Report of the Indian Hemp Drugs Commission, 1894-1895 - Volume VII
Year: 1894
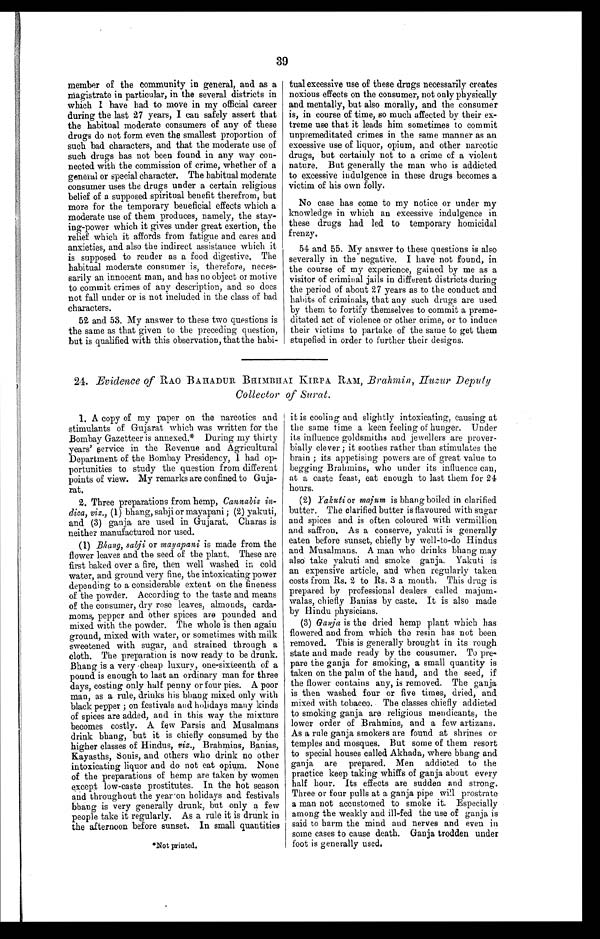
39
member of the community in general, and as a
magistrate in particular, in the several districts in
which I have had to move in my official career
during the last 27 years, I can safely assert that
the habitual moderate consumers of any of these
drugs do not form even the smallest proportion of
such bad characters, and that the moderate use of
such drugs has not been found in any way con
- n e c t e d w i t h t h e c o m m i s s i o n o f c r i m e , w h e t h e r o f a
general or special character. The habitual moderate
consumer uses the drugs under a certain religious
belief of a supposed spiritual benefit therefrom, but
more for the temporary beneficial effects which a
moderate use of them produces, namely, the stay
- i n g - p o w e r w h i c h i t g i v e s u n d e r g r e a t e x e r t i o n , t h e
relief which it affords from fatigue and cares and
anxieties, and also the indirect assistance which it
is supposed to render as a food digestive. The
habitual moderate consumer is, therefore, neces
- s a r i l y a n i n n o c e n t m a n , a n d h a s n o o b j e c t o r m o t i v e
to commit crimes of any description, and so does
not fall under or is not included in the class of bad
characters.
52 and 53. My answer to these two questions is
the same as that given to the preceding question,
but is qualified with this observation, that the habi-tual excessive use
of these drugs necessarily creates
noxious effects on the consumer, not only physically
and mentally, but also morally, and the consumer
is, in course of time, so much affected by their ex
-treme use that it leads him sometimes to commit
unpremeditated crimes in the same manner as an
excessive use of liquor, opium, and other narcotic
drugs, but certainly not to a crime of a violent
nature. But generally the man who is addicted
to excessive indulgence in these drugs becomes a
victim of his own folly.
No case has come to my notice or under my
knowledge in which an excessive indulgence in
these drugs had led to temporary homicidal
frenzy.
54 and 55. My answer to these questions is also
severally in the negative. I have not found, in
the course of my experience, gained by me as a
visitor of criminal jails in different districts during
the period of about 27 years as to the conduct and
habits of criminals, that any such drugs are used
by them to fortify themselves to commit a preme
-ditated act of violence or other crime, or to induce
their victims to partake of the same to get them
stupefied in order to further their designs.
24. Evidence of RAO BAHADUR BHIMBHAI KIRPA RAM,
Brahmin, Huzur Deputy
Collector of Surat.
1. A copy of my paper on the narcotics and
stimulants of Gujarat which was written for the
Bombay Gazetteer is annexed.* During my thirty
years' service in the Revenue and Agricultural
Department of the Bombay Presidency, I had op
- p o r t u n i t i e s t o s t u d y t h e q u e s t i o n f r o m d i f f e r e n t
points of view. My remarks are confined to Guja
- r a t .
2. Three preparations from hemp, Cannabis in
- d i c a , v i z . ,
( 1 ) b h a n g , s a b j i o r m a y a p a n i ; ( 2 ) y a k u t i ,
and (3) ganja are used in Gujarat. Charas is
neither manufactured nor used.
(1) Bhang, sabji or mayapani is made from the
flower leaves and the seed of the plant. These are
first baked over a fire, then well washed in cold
water, and ground very fine, the intoxicating power
depending to a considerable extent on the fineness
of the powder. According to the taste and means
of the consumer, dry rose leaves, almonds, carda
- m o m s , p e p p e r a n d o t h e r s p i c e s a r e p o u n d e d a n d
mixed with the powder. The whole is then again
ground, mixed with water, or sometimes with milk
sweetened with sugar, and strained through a
cloth. The preparation is now ready to be drunk.
Bhang is a very-cheap luxury, one-sixteenth of a
pound is enough to last an ordinary man for three
days, costing only half penny or four pies. A poor
man, as a rule, drinks his bhang mixed only with
black pepper; on festivals and holidays many kinds
of spices are added, and in this way the mixture
becomes costly. A few Parsis and Musalmans
drink bhang, but it is chiefly consumed by the
higher classes of Hindus, viz., Brahmins, Banias,
Kayasths, Sonis, and others who drink no other
intoxicating liquor and do not eat opium. None
of the preparations of hemp are taken by women
except low-caste prostitutes. In the hot season
and throughout the year on holidays and festivals
bhang is very generally drunk, but only a few
people take it regularly. As a rule it is drunk in
the afternoon before sunset. In small quantities it is cooling and slightly intoxicating, causing at
the same time a keen feeling of hunger. Under
its influence goldsmiths and jewellers are prover
-bially clever; it soothes rather than stimulates the
brain; its appetising powers are of great value to
begging Brahmins, who under its influence can,
a t a c a s t e f e a s t , e a t e n o u g h t o l a s t t h e m f o r 2 4
hours.
(2) Yakuti or majum is bhang boiled in clarified
butter. The clarified butter is flavoured with sugar
and spices and is often coloured with vermillion
and saffron. As a conserve, yakuti is generally
eaten before sunset, chiefly by well-to-do Hindus
and Musalmans. A man who drinks bhang may
also take yakuti and smoke ganja. Yakuti is
an expensive article, and when regularly taken
costs from Rs. 2 to Rs. 3 a month. This drug is
prepared by professional dealers called
m a j u m - w a l a s , c h i e f l y B a n i a s b y c a s t e . I t i s a l s om
a d e
by Hindu physicians.
(3) Ganja is the dried hemp plant which has
flowered and from which the resin has not been
removed. This is generally brought in its rough
state and made ready by the consumer. To pre
- p a r e t h e g a n j a f o r s m o k i n g , a s m a l l q u a n t i t y i s
taken on the palm of the hand, and the seed, if
the flower contains any, is removed. The ganja
is then washed four or five times, dried, and
mixed with tobacco. The classes chiefly addicted
to smoking ganja are religious mendicants, the
lower order of Brahmins, and a few artizans.
As a rule ganja smokers are found at shrines or
temples and mosques. But some of them resort
to special houses called Akhada, where bhang and
ganja are prepared. Men addicted to the
practice keep taking whiffs of ganja about every
half hour. Its effects are sudden and strong.
Three or four pulls at a ganja pipe will prostrate
a man not accustomed to smoke it. Especially
among the weakly and ill-fed the use of ganja is
said to harm the mind and nerves and even in
some cases to cause death. Ganja trodden under
foot is generally used
. * N o t p r i n t e d .